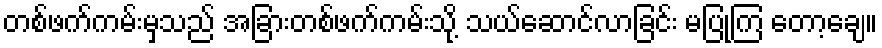
တစ်ဖက်ကမ်းမှသည် အခြားတစ်ဖက်ကမ်းသို့ သယ်ဆောင်လာခြင်း မပြုကြ တော့ချေ။